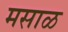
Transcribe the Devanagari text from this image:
मसाळ